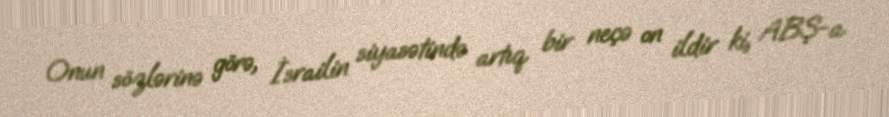
Onun sözlərinə görə, İsrailin siyasətində artıq bir neçə on ildir ki, ABŞ-a